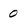
Character: 0